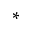
^ *